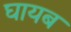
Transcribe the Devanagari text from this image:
घायब